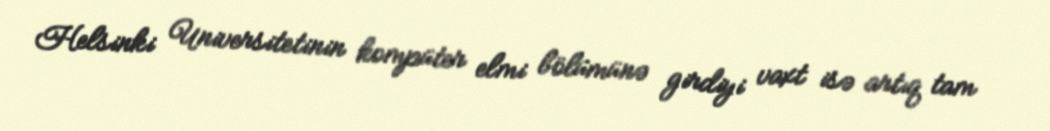
Helsinki Universitetinin kompüter elmi bölümünə girdiyi vaxt isə artıq tam